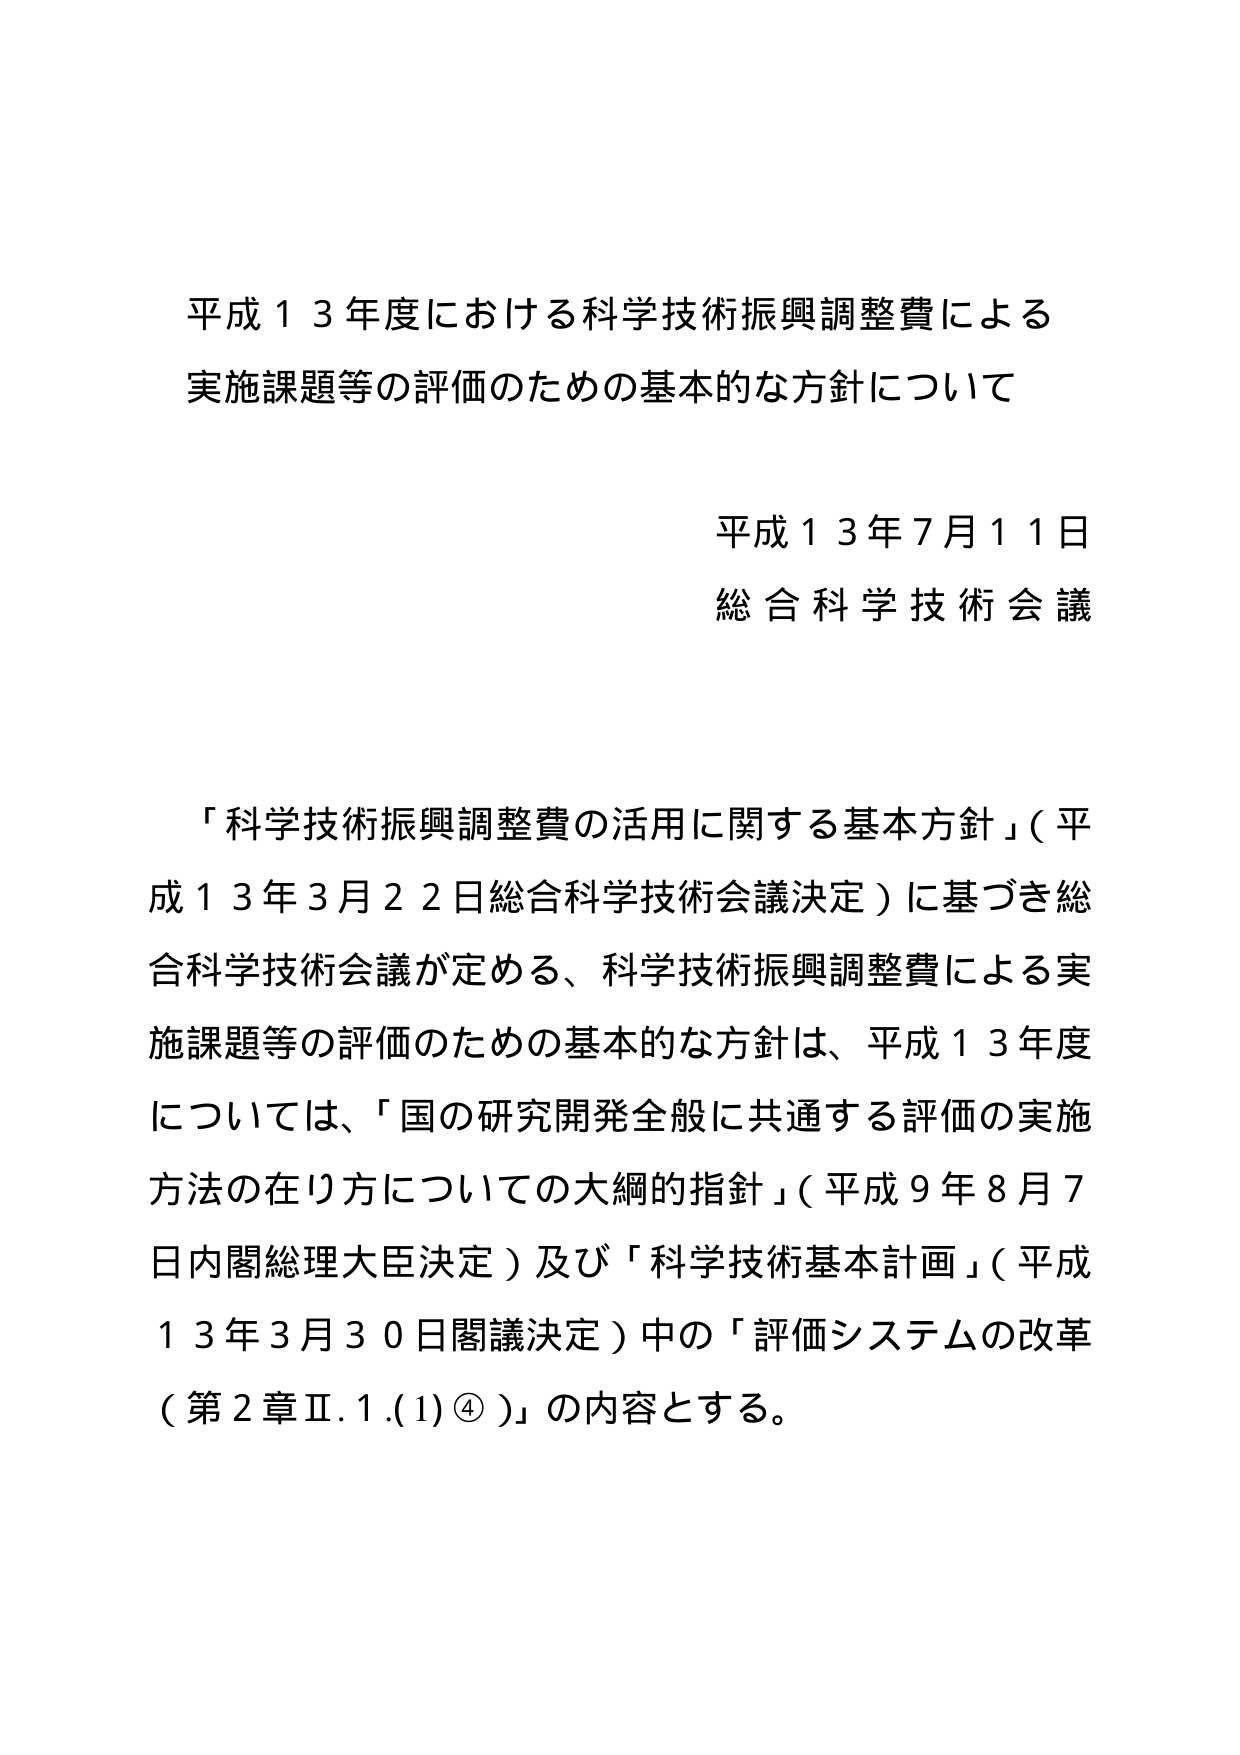
平成１３年度における科学技術振興調整費による
実施課題等の評価のための基本的な方針について

平成１３年７月１１日
総合科学技術会議

「科学技術振興調整費の活用に関する基本方針」（平成１３年３月２２日総合科学技術会議決定）に基づき総合科学技術会議が定める、科学技術振興調整費による実施課題等の評価のための基本的な方針は、平成１３年度については、「国の研究開発全般に共通する評価の実施方法の在り方についての大綱的指針」（平成９年８月７日内閣総理大臣決定）及び「科学技術基本計画」（平成１３年３月３０日閣議決定）中の「評価システムの改革（第２章Ⅱ.１.(1)④）」の内容とする。